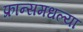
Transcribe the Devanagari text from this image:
फ्रान्समधल्या